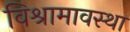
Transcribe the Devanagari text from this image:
विश्रामावस्था